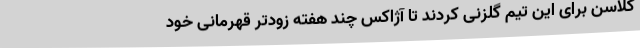
کلاسن برای این تیم گلزنی کردند تا آژاکس چند هفته زودتر قهرمانی خود